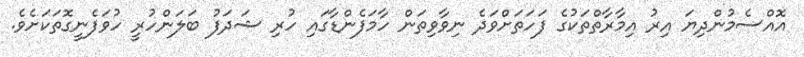
އޮއްސެމުންދިޔަ އިރު އިމާރާތްތަކުގެ ފަހަތަށްވަދެ ނިވާވިތަން ހާމަފެންޑާގައި ހުރި ޝަދަފު ބަލަންހުރީ ހުވަފެނީގޮތަކަށެވެ.